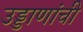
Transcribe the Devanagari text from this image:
उड्डाणांची